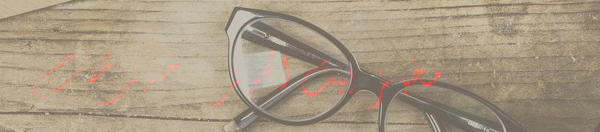
مخبز بيت الخبز   خبز طازج